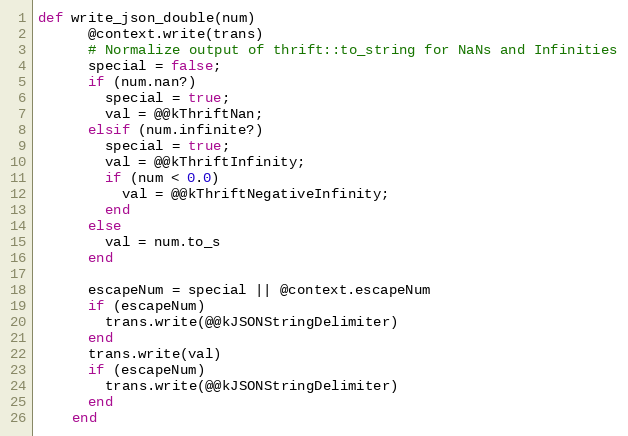
Language: Ruby
def write_json_double(num)
      @context.write(trans)
      # Normalize output of thrift::to_string for NaNs and Infinities
      special = false;
      if (num.nan?)
        special = true;
        val = @@kThriftNan;
      elsif (num.infinite?)
        special = true;
        val = @@kThriftInfinity;
        if (num < 0.0)
          val = @@kThriftNegativeInfinity;
        end
      else
        val = num.to_s
      end

      escapeNum = special || @context.escapeNum
      if (escapeNum)
        trans.write(@@kJSONStringDelimiter)
      end
      trans.write(val)
      if (escapeNum)
        trans.write(@@kJSONStringDelimiter)
      end
    end